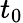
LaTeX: \textit{t}_{0}